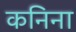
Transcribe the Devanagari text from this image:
कनिना